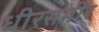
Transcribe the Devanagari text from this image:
धीरसमीर